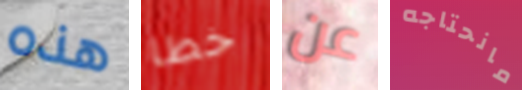
هذه خطا عن مانحتاجه